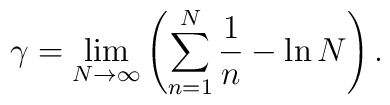
\gamma=\lim\limits_{N\to\infty}\left(\sum\limits_{n=1}^{N}\frac{1}{n}-\ln N\right).